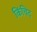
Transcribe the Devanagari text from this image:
किंचिद